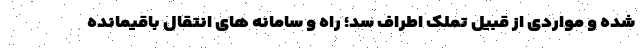
شده و مواردی از قبیل تملک اطراف سد؛ راه و سامانه های انتقال باقیمانده